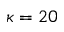
\kappa = 2 0